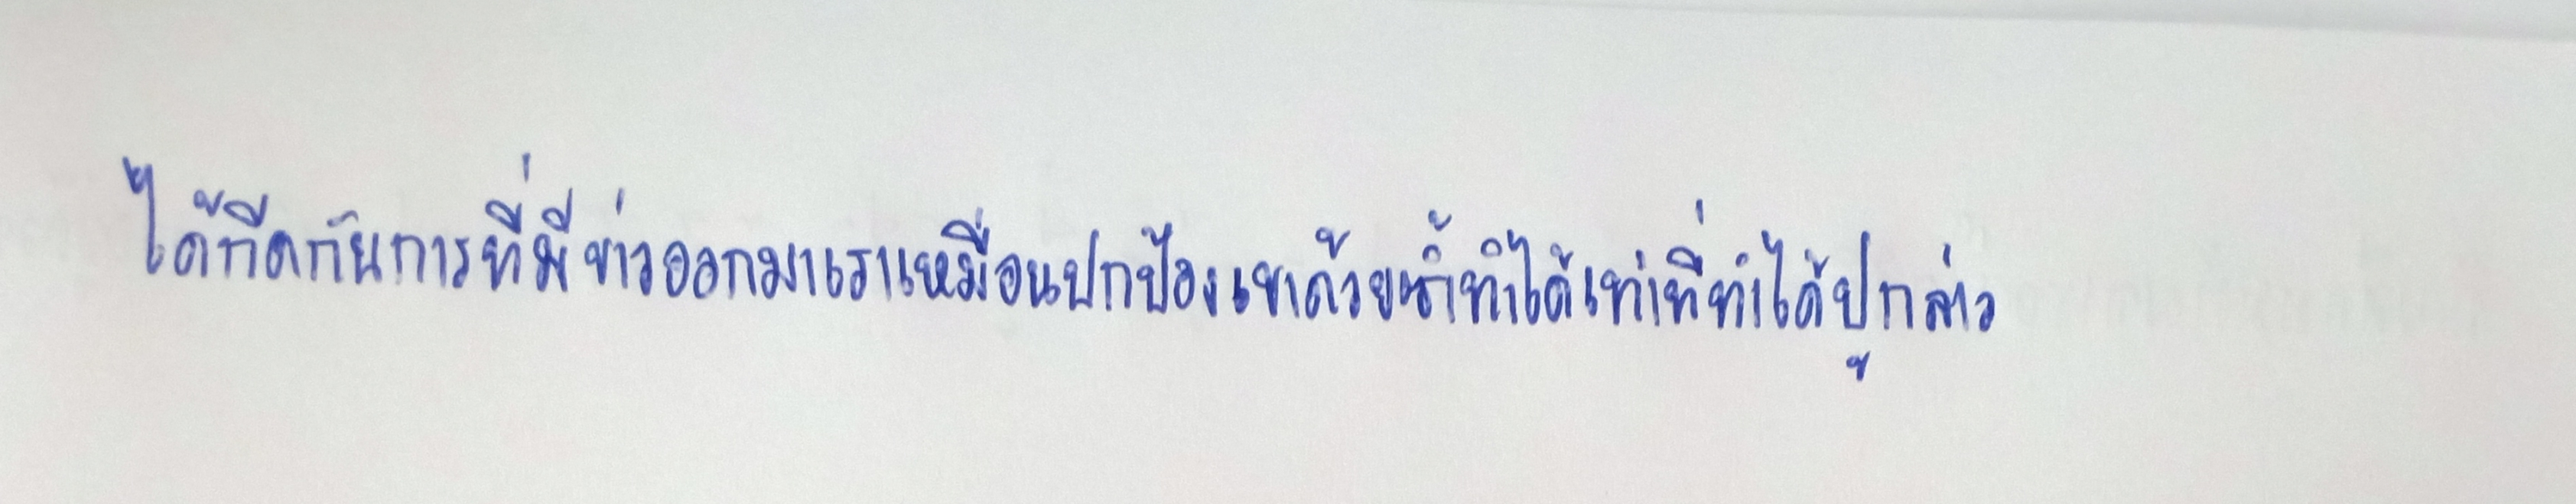
ได้กีดกันการที่มีข่าวออกมาเราเหมือนปกป้องเขาด้วยซ้ำทำได้เท่าที่ทำได้ปูกล่าว